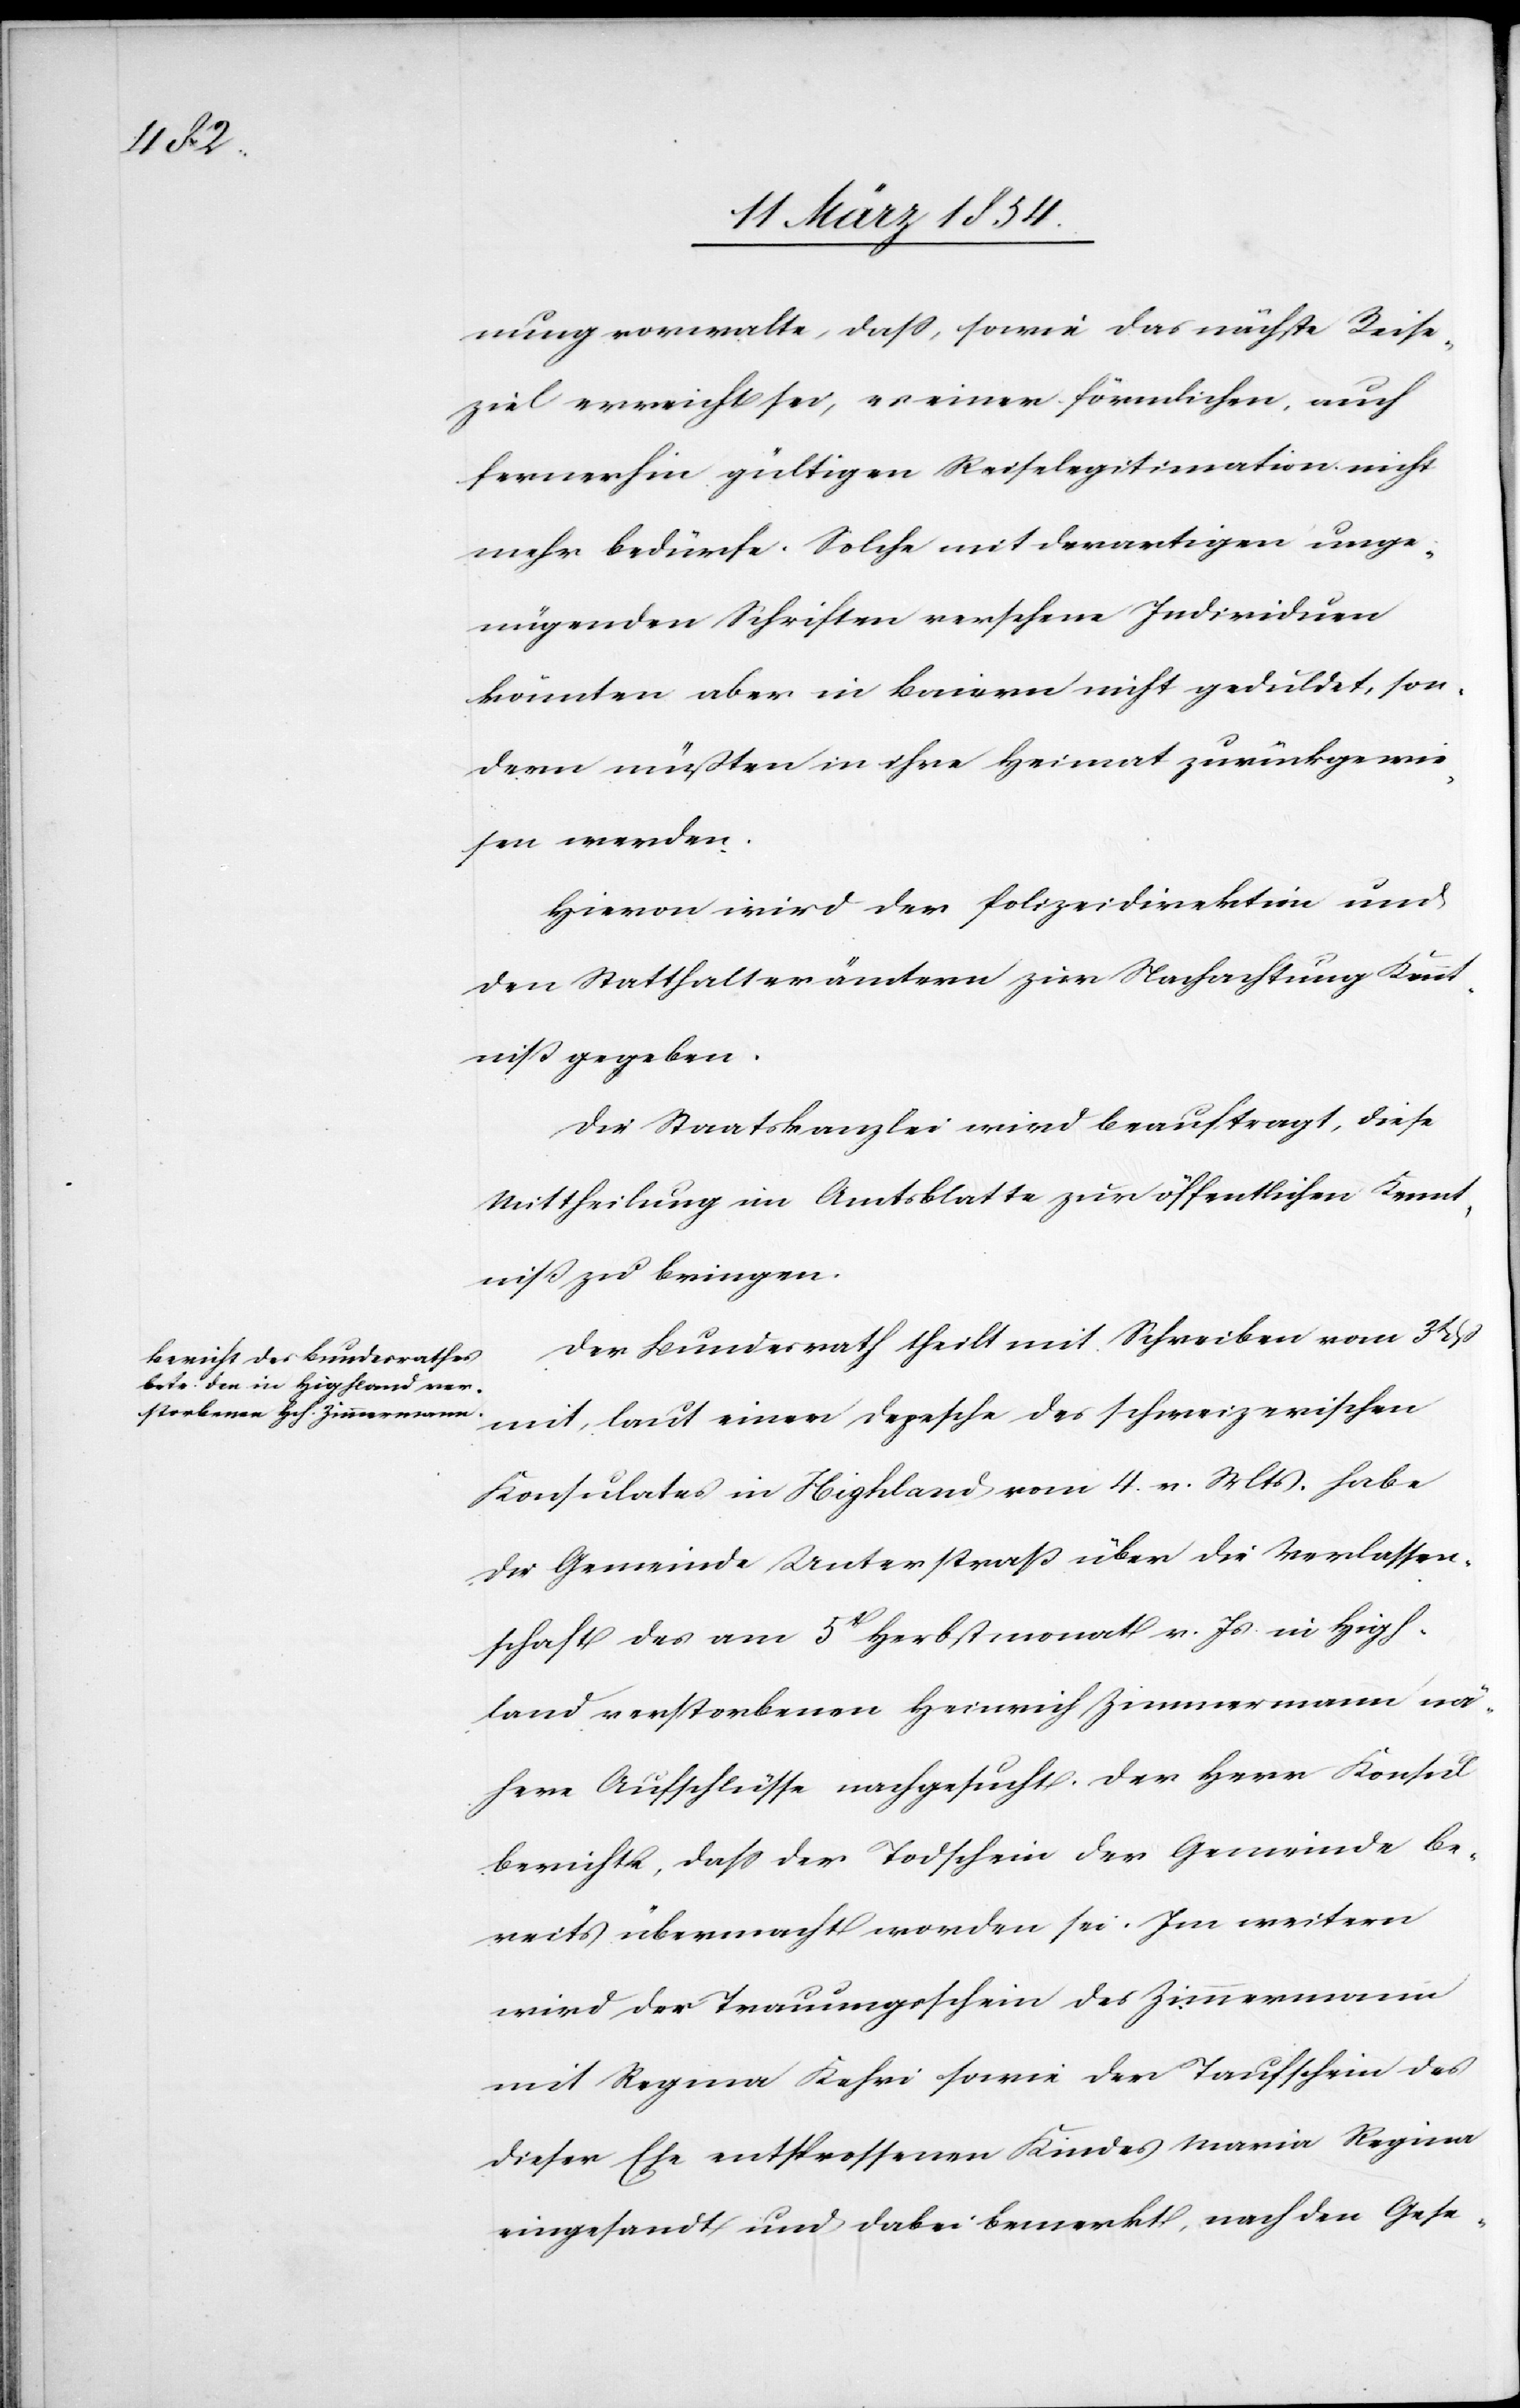
e[t]-

nung vorwalte, daß, sowie das nächste Reise¬
ziel erreicht sei, es einer förmlichen, auch
fernerhin gültigen Reiselegitimation nicht
mehr bedürfe. Solche mit derartigen unge¬
nügenden Schriften versehene Individuen
könnten aber in Baiern nicht geduldet, son¬
dern müßten in ihre Heimat zurückgewie¬
sen werden.
Hievon wird der Polizeidirektion und
den Statthalterämtern zur Nachachtung Kennt¬
niß gegeben.
Die Staatskanzlei wird beauftragt, diese
Mittheilung im Amtsblatte zur öffentlichen Kennt¬
niß zu bringen.
Der Bundesrath theilt mit Schreiben vom 3t
mit, laut einer Depesche des schweizerischen
Konsulates in Highland vom 4. v. Mts. habe
die Gemeinde Unterstraß über die Verlassen¬
schaft des am 5t Herbstmonat v. Js in High¬
land verstorbenen Heinrich Zimmermann nä¬
here Aufschlüsse nachgesucht. Der Herr Konsul
berichte, daß der Todschein der Gemeinde be¬
reits übermacht worden sei. Im weitern
wird der Trauungsschein des Zimmermann
mit Regina Kehri sowie der Taufschein des
dieser Ehe entsprossenen Kindes Maria Regina
eingesandt und dabei bemerkt, nach den Ges¬